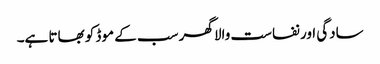
سادگی اور نفاست والا گھر سب کے موڈ کو بھاتا ہے۔